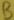
Text: B